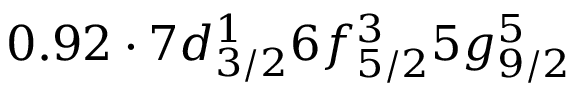
0 . 9 2 \cdot 7 d _ { 3 / 2 } ^ { 1 } 6 f _ { 5 / 2 } ^ { 3 } 5 g _ { 9 / 2 } ^ { 5 }